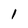
Character: l